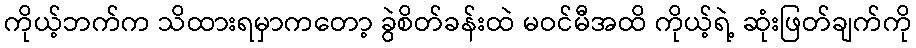
ကိုယ့်ဘက်က သိထားရမှာကတော့ ခွဲစိတ်ခန်းထဲ မဝင်မီအထိ ကိုယ့်ရဲ့ ဆုံးဖြတ်ချက်ကို